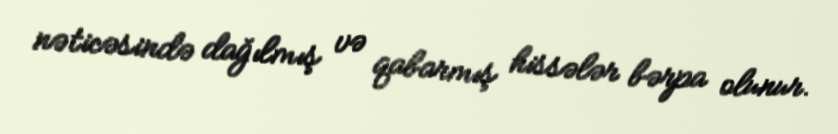
nəticəsində dağılmış və qabarmış hissələr bərpa olunur.